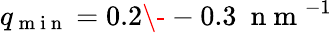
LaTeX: q_{\mathrm{~m~i~n~}}=0.2\- -0.3\ \mathrm{~n~m~}^{-1}